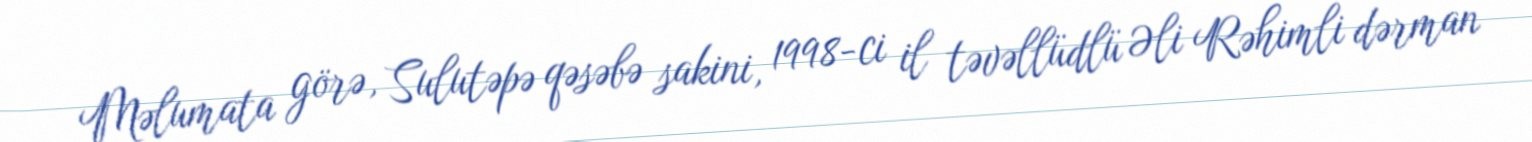
Məlumata görə, Sulutəpə qəsəbə sakini, 1998-ci il təvəllüdlü Əli Rəhimli dərman